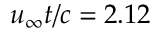
u _ { \infty } t / c = 2 . 1 2